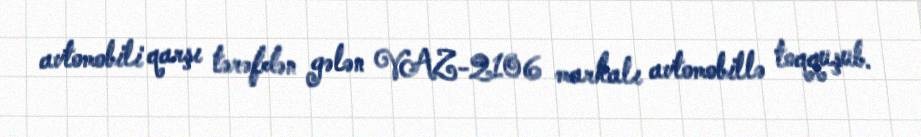
avtomobili qarşı tərəfdən gələn VAZ-2106 markalı avtomobillə toqquşub.